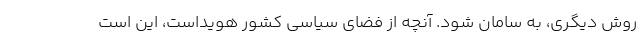
روش دیگری، به سامان شود. آنچه از فضای سیاسی کشور هویداست، این است